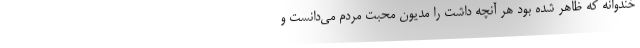
خندوانه که ظاهر شده بود هر آنچه داشت را مدیون محبت مردم می‌دانست و